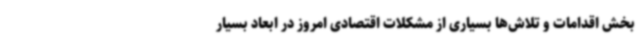
بخش اقدامات و تلاش‌ها بسیاری از مشکلات اقتصادی امروز در ابعاد بسیار